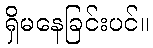
ရှိမနေခြင်းပင်။